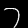
Label: 7